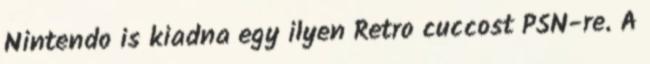
Nintendo is kiadna egy ilyen Retro cuccost PSN-re. A